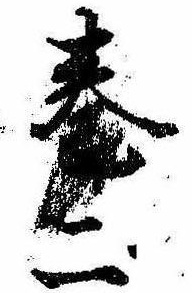
巻二